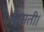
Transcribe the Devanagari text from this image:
बरसती।